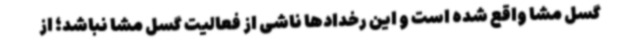
گسل مشا واقع شده است و این رخدادها ناشی از فعالیت گسل مشا نباشد؛ از